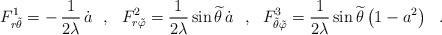
LaTeX: \begin{align*}F^{1}_{r {\tilde{\theta}}} = -\,\frac{1}{2\lambda}\,{\dot{a}}~~,~~ F^{2}_{r {\tilde{\varphi}}} = \frac{1}{2\lambda}\,{\sin{\widetilde{\theta}}\,{\dot{a}}}~~,~~ F^{3}_{{\tilde{\theta}}{\tilde{\varphi}}} = \frac{1}{2\lambda}\,{\sin{\widetilde{\theta}}}\left(1 - a^2 \right)~~. \end{align*}